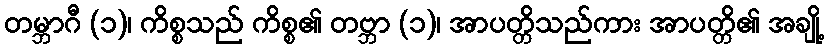
တမ္ဘာဂီ (၁)၊ ကိစ္စသည် ကိစ္စ၏ တဗ္ဘာ (၁)၊ အာပတ္တိသည်ကား အာပတ္တိ၏ အချို့